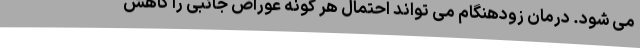
می شود. درمان زودهنگام می تواند احتمال هر گونه عوراض جانبی را کاهش